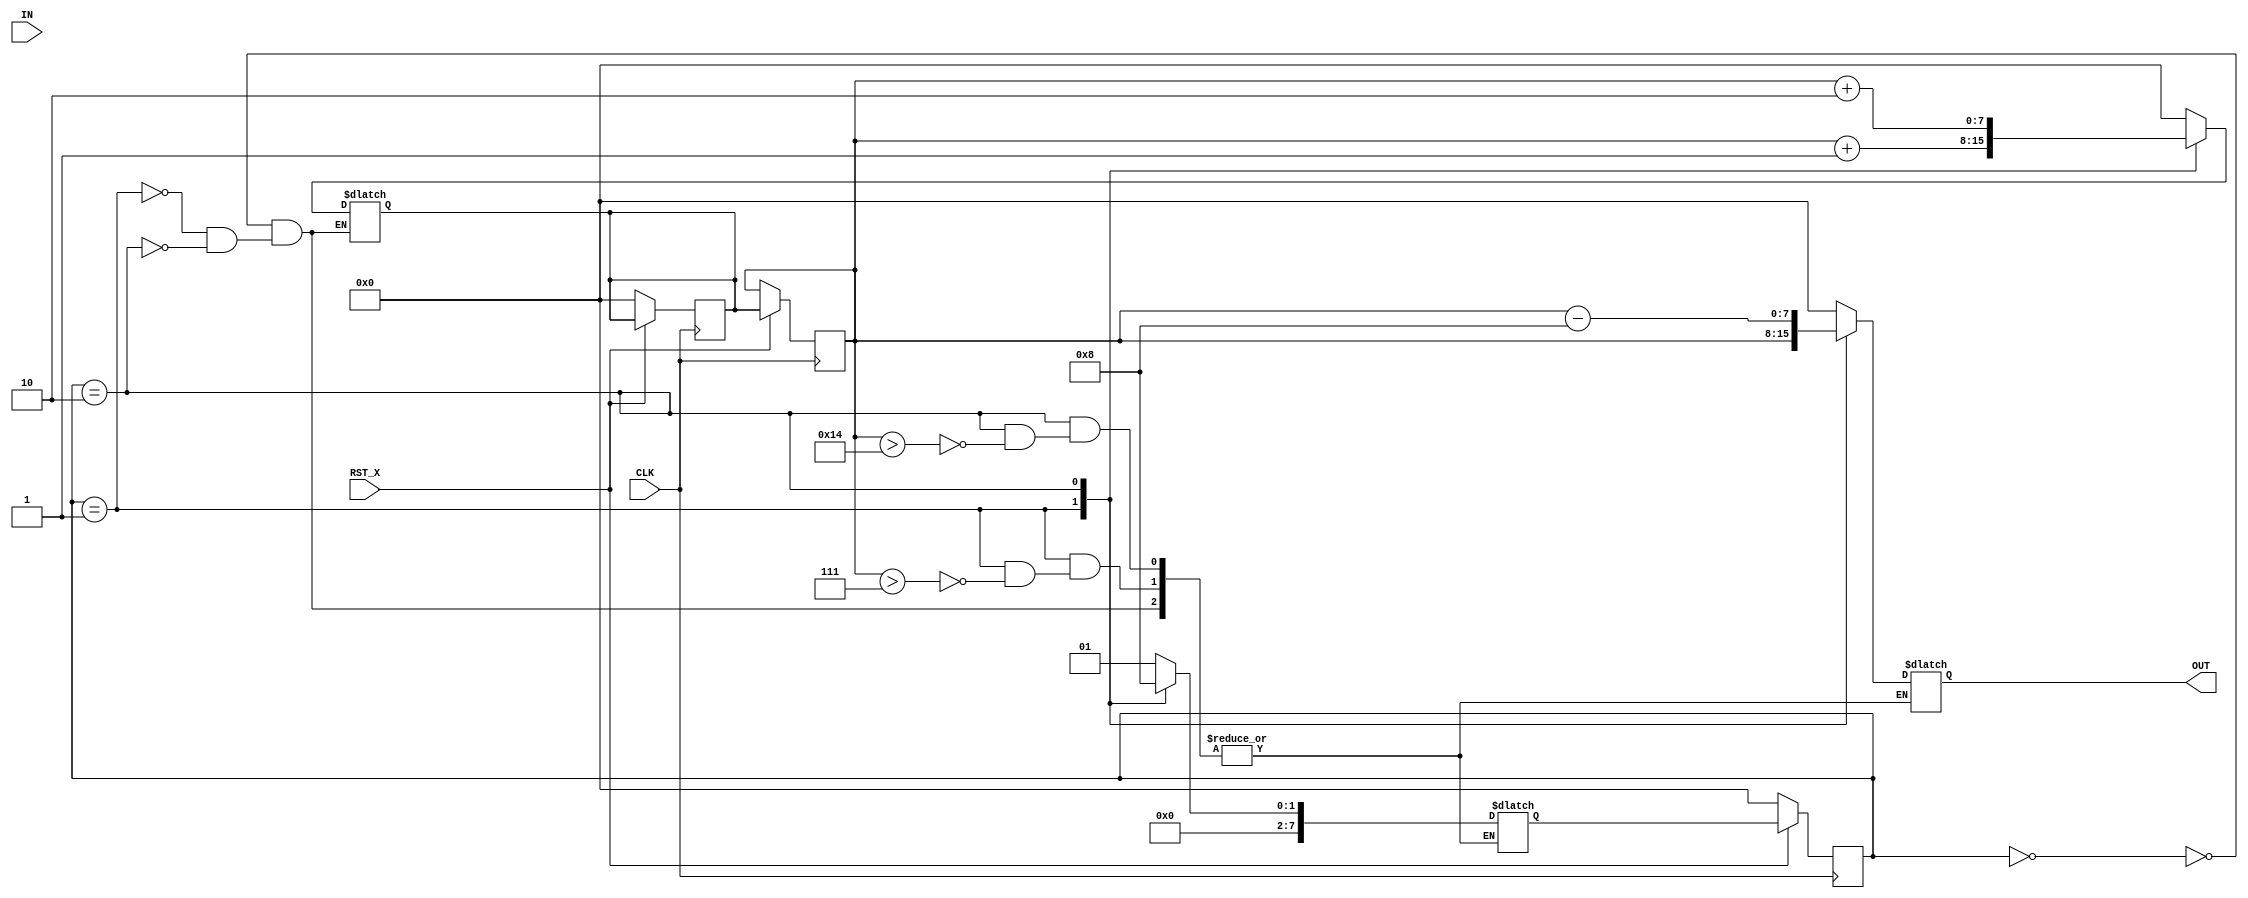
module TOP(CLK, RST_X, IN, OUT);
  input CLK, RST_X;
  input [7:0] IN;
  output [7:0] OUT;

  reg [7:0] state;
  reg [7:0] cnt;
  
  reg [7:0] ncnt;
  reg [7:0] nstate;
  reg ctrljump;

  always @* begin

    case(state)
      0: begin
        ncnt = 0;
        ctrljump = 1;
        if(ctrljump) begin
          OUT = 8'h0;
          nstate = 1;
        end
      end
      
      1: begin
        ncnt = cnt + 1;
        ctrljump = cnt > 7;
        if(ctrljump) begin
          OUT = cnt;
          nstate = 2;
        end
      end
      
      2: begin
        ncnt = cnt + 2;
        ctrljump = cnt > 20;
        if(ctrljump) begin
          OUT = cnt - 8;
          nstate = 0;
        end
      end
    endcase
  end
  
  always @(posedge CLK) begin
    if(!RST_X) begin
      state <= 0;
      ncnt <= 0;
    end else begin
      state <= nstate;
      cnt <= ncnt;
    end
  end
  
endmodule